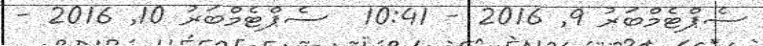
ސެޕްޓެމްބަރު 9